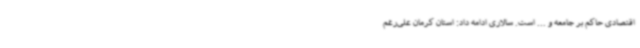
اقتصادی حاکم بر جامعه و ... است. سالاری ادامه داد: استان کرمان علی‌رغم